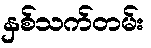
နှစ်သက်တမ်း